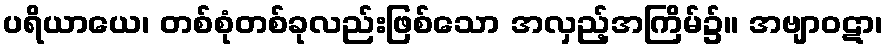
ပရိယာယေ၊ တစ်စုံတစ်ခုလည်းဖြစ်သော အလှည့်အကြိမ်၌။ အဗျာဝဋာ၊